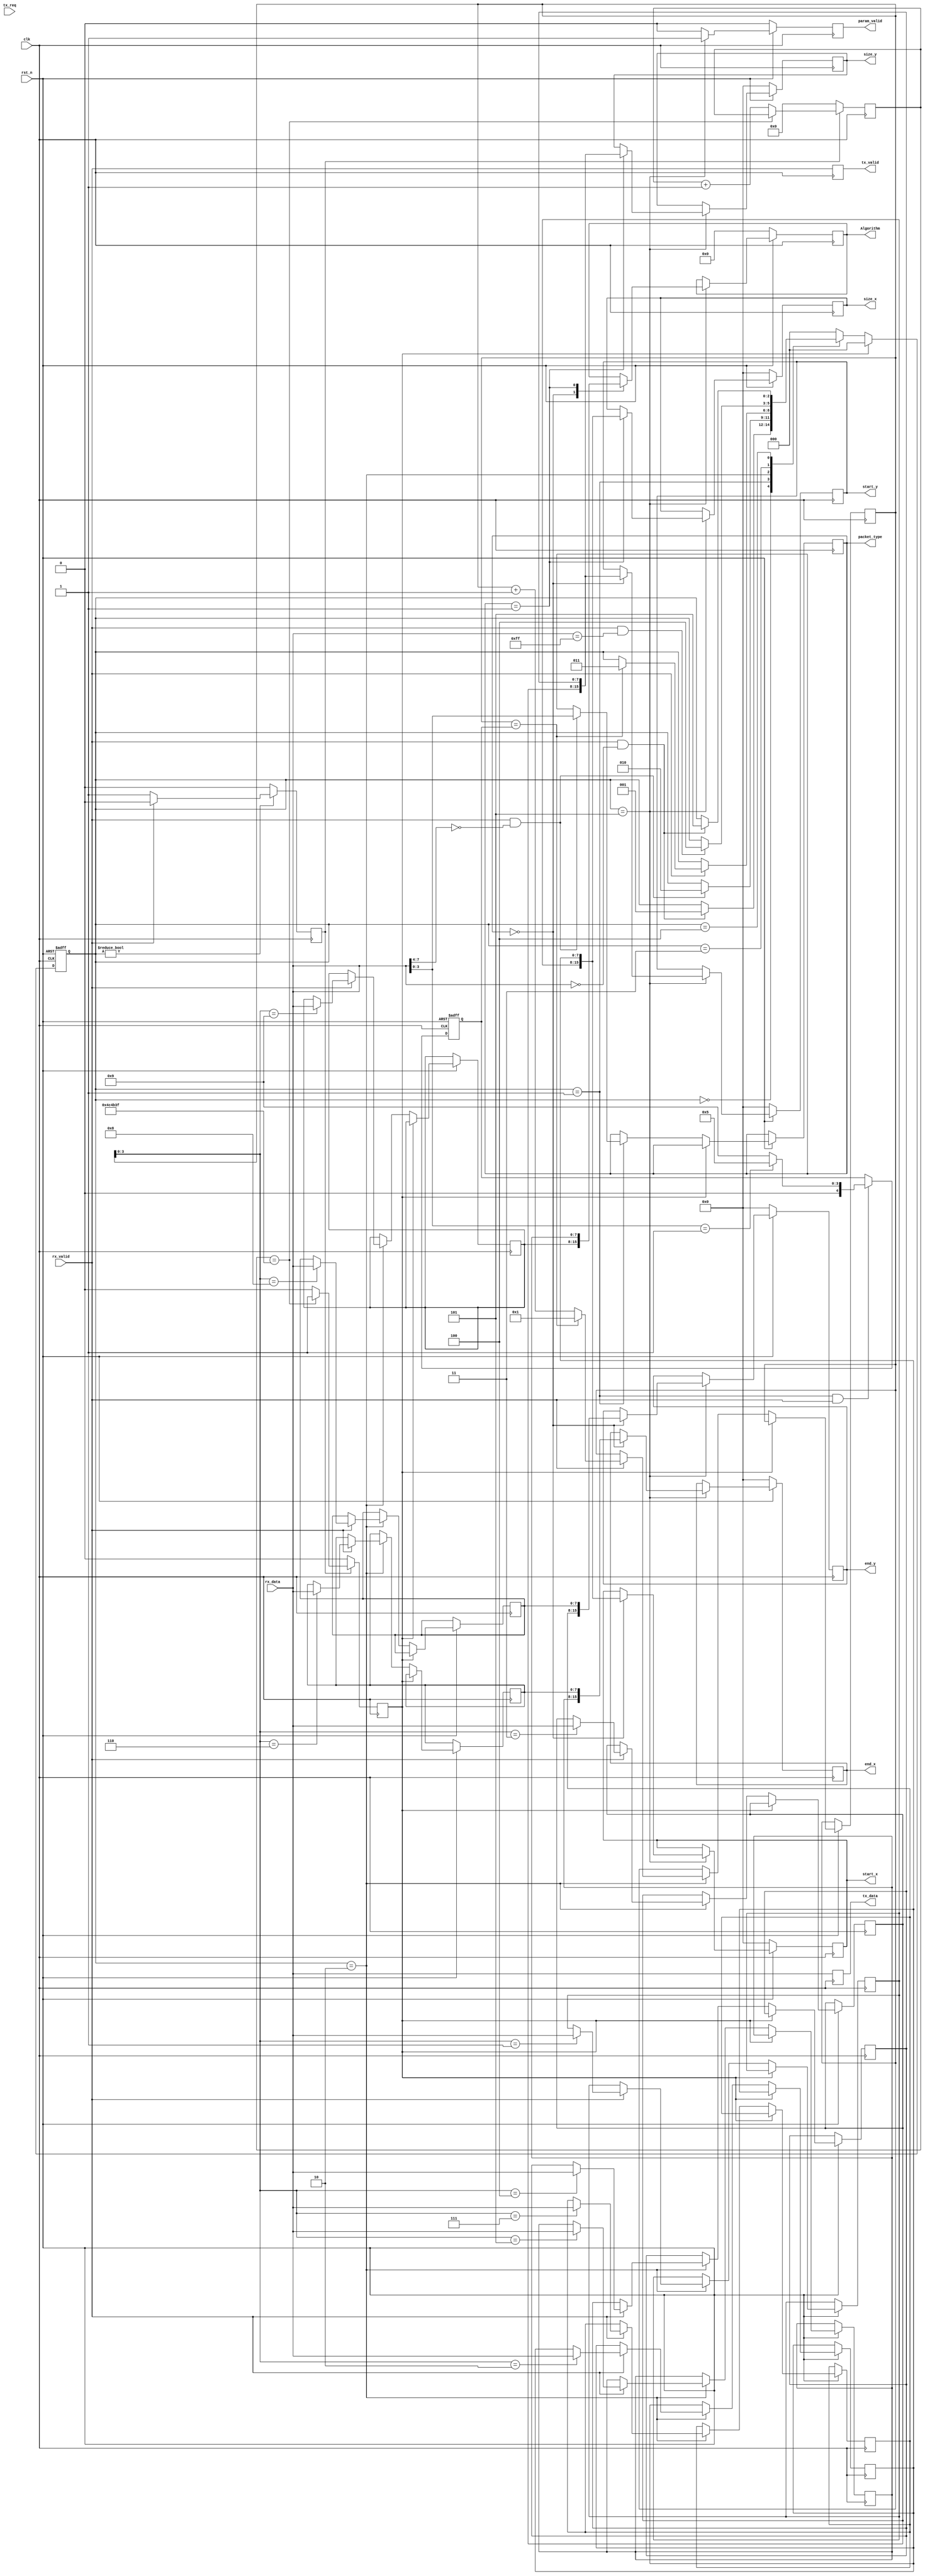
module uart_parse(
	input	wire 		clk,
	input	wire 		rst_n, 
	input	wire 		rx_valid,
	input	wire [7:0]	rx_data, 
	input	wire 		tx_req,
	output	reg	 		tx_valid = 0,
	output	reg	 [7:0]	tx_data = 0,

	output  reg  [3:0] 	packet_type = 0,
	output	reg	 [15:0] start_x = 0,
	output	reg	 [15:0] start_y = 0,
	output	reg	 [15:0] end_x = 1920,
	output	reg	 [15:0] end_y = 1080,
	output	reg	 [15:0] size_x = 0,
	output	reg	 [15:0] size_y = 0,
	output	reg	 [7:0]  Algorithm = 0,
	output	reg	 		param_valid = 0
);

localparam PKT_HD0 	= 3'd0;
localparam PKT_HD1 	= 3'd1;
localparam RX_DATA 	= 3'd2;
localparam PKT_END0 = 3'd3;
localparam PKT_END1 = 3'd4;
localparam WR_RAM	= 3'd5;

localparam TIME_OUT_COUNT = 24'h4C4B40;

reg [2:0] 	state = PKT_HD0;
reg	[7:0]	rx_data_reg[9:1];
reg	[23:0] 	time_out_cnt  = 0;
reg			time_out = 1'b0;
reg			time_out_en = 1'b0;
reg	[4:0] 	data_num = 'd0;
reg [4:0] 	data_cnt = 'd1;

always @( posedge clk )
begin
	tx_data <= rx_data;
	tx_valid <= rx_valid;
end 

initial
begin
    rx_data_reg[1] = 8'h00;
    rx_data_reg[2] = 8'h00;
    rx_data_reg[3] = 8'h00;
    rx_data_reg[4] = 8'h00;
    rx_data_reg[5] = 8'h00;
    rx_data_reg[6] = 8'h00;
    rx_data_reg[7] = 8'h00;
    rx_data_reg[8] = 8'h00;
    rx_data_reg[9] = 8'h00;
end

always @( posedge clk or negedge rst_n)
begin
	if( ~rst_n ) begin
		state <= PKT_HD0;
	end else if(time_out ) begin
		state <= PKT_HD0;
	end else begin
		case( state )  
		PKT_HD0 : begin 					
			if( rx_valid && rx_data == 8'h00 ) begin
				state <= PKT_HD1;
			end 
		end
		PKT_HD1 : begin
			if( rx_valid && rx_data[7:4] == 4'h0 ) begin
				packet_type <= rx_data[3:0];
				state <= RX_DATA;
			end
		end
		RX_DATA : begin
			if( rx_valid ) begin
				rx_data_reg[data_cnt] <= rx_data;

				if( data_cnt == data_num ) begin
					state <= PKT_END0;
					data_cnt <= 'd1;
				end else begin
					data_cnt <= data_cnt + 1'b1;
				end 
			end
		end
		PKT_END0 : begin
			if( rx_valid && rx_data == 8'hff ) begin
				state <= PKT_END1;
			end 
		end 
		PKT_END1 : begin
			if( rx_valid  && rx_data == 8'h00) begin	//recevie FF
				state <= WR_RAM;
			end 
		end
		WR_RAM : begin
			state <= PKT_HD0;
		end	
		default: begin
			state <= PKT_HD0;
		end	
		endcase       
	end
end   

always @( posedge clk or negedge rst_n ) // 
begin
	if( !rst_n ) 
		data_num <= 'd0;
	else if(state == PKT_HD1 && rx_valid) begin		
		case(rx_data[3:0])	
			4'd0 : data_num <= 9;
			4'd1 : data_num <= 5;
			default: data_num <= 9;
		endcase
	end 
end 

always @( posedge clk )
begin
	if( state != PKT_HD0 ) begin
		if( rx_valid ) 
			time_out_en <= 1'b0;
		else 					 
			time_out_en <= 1'b1;
	end else begin
		time_out_en <= 1'b0;
	end 
end 

always @( posedge clk )
begin
	if(time_out_en ) begin
		if( time_out_cnt == TIME_OUT_COUNT-1 ) begin
			time_out <= 1'b1;
		end else begin
			time_out_cnt <= time_out_cnt + 1'b1;
			time_out <= 1'b0;
		end	
	end else begin
		time_out_cnt <= 0;
		time_out <= 1'b0;
	end	
end

always @( posedge clk )
begin
	if( !rst_n ) begin
		start_x <= 0;
		start_y <= 0;
		end_x <= 0;
		end_y <= 0;
		size_x <= 0;
		size_y <= 0;
		Algorithm <= 0;
		param_valid <= 0;
	end
	else if( state == WR_RAM ) begin
		case(packet_type[3:0])	
				4'd0 : begin // up
					start_x <= {rx_data_reg[1], rx_data_reg[2]};
					start_y <= {rx_data_reg[3], rx_data_reg[4]};
					end_x   <= {rx_data_reg[5], rx_data_reg[6]};
					end_y   <= {rx_data_reg[7], rx_data_reg[8]};
					Algorithm <= rx_data_reg[9];
				end 
				4'd1 : begin // down
					size_x <= {rx_data_reg[1], rx_data_reg[2]};
					size_y <= {rx_data_reg[3], rx_data_reg[4]};
					Algorithm <= rx_data_reg[5];
				end 
			default: ;
		endcase
		param_valid <= 1;
	end else begin
		start_x <= start_x;
		start_y <= start_y;
		end_x <= end_x;
		end_y <= end_y;
		size_x <= size_x;
		size_y <= size_y;
		Algorithm <= Algorithm;
		param_valid <= 0;
	end 
end       

endmodule